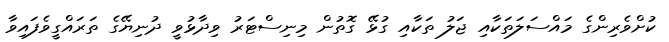
ކުށްވެރިންގެ މައްސަލަތަކާއި ޖަލު ތަކާއި ގުޅޭ ގޮތުން މިނިސްޓަރު ވިދާޅުވީ ދުނިޔޭގެ ތަރައްގީވެފައިވާ